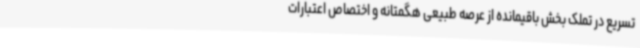
تسریع در تملک بخش باقیمانده از عرصه طبیعی هگمتانه و اختصاص اعتبارات